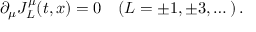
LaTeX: \partial _ { \mu } J _ { L } ^ { \mu } ( t , x ) = 0 \quad ( L = \pm 1 , \pm 3 , \dots ) \, .